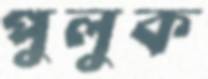
পুলুক